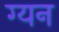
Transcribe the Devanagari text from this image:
ग्यन